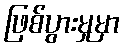
ဖြစ်ပွားမှုမှာ